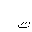
Letter: _ta